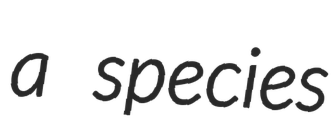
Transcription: a species